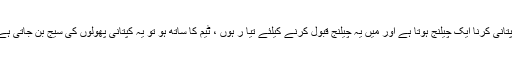
بابر اعظم کہتے ہیں کہ کپتانی کرنا ایک چیلنج ہوتا ہے اور میں یہ چیلنج قبول کرنے کیلئے تیا ر ہوں ، ٹیم کا ساتھ ہو تو یہ کپتانی پھولوں کی سیج بن جاتی ہے ورنہ کانٹے چھبتے ہیں۔